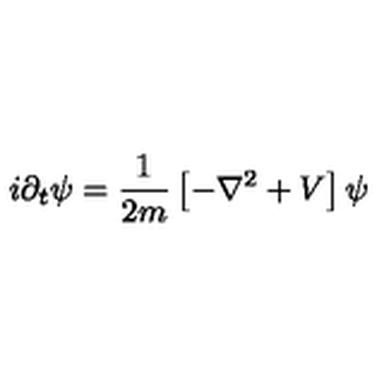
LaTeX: i \partial _ { t } \psi = \frac { 1 } { 2 m } \left[ - \nabla ^ { 2 } + V \right] \psi